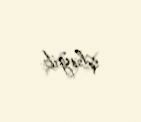
işləyib.